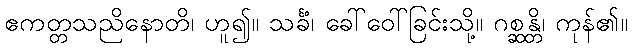
ဧကတ္တသညိနောတိ၊ ဟူ၍။ သင်္ခံ၊ ခေါ်ဝေါ်ခြင်းသို့။ ဂစ္ဆန္တိ၊ ကုန်၏။